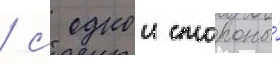
/ с однои стороны́